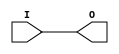
module IBUF_4(output O, input I);
	assign O = I;
endmodule